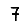
Digit: 7